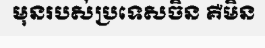
មុនរបស់ប្រទេសចិន គឺមិន